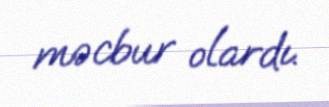
məcbur olardı.